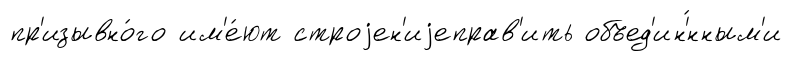
пр'изывно́го им'е́ют строjен'иjеправ'ить объед'ин'́нным'и